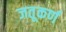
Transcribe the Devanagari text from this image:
जतूकर्ण